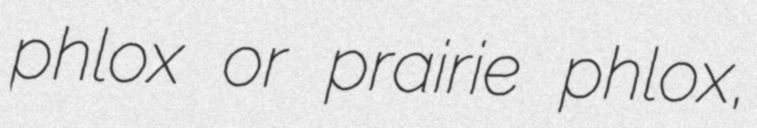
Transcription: phlox or prairie phlox,